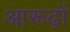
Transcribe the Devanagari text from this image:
आरूढ़ों